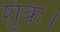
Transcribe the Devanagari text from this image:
शुंक।